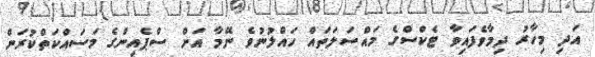
އަދި މިހާރު ދިމާވެފައިވާ ޓެކްސްގެ މައްސަލަތައް ހައްލުނުވެ ނޭމާ އަށް ސްޕެއިންގެ މަސައްކަތްކުރަން